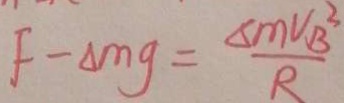
F - \Delta m g = \frac { \Delta m V _ { B } ^ { 2 } } { R }